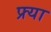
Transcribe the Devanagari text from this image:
फ्र्या